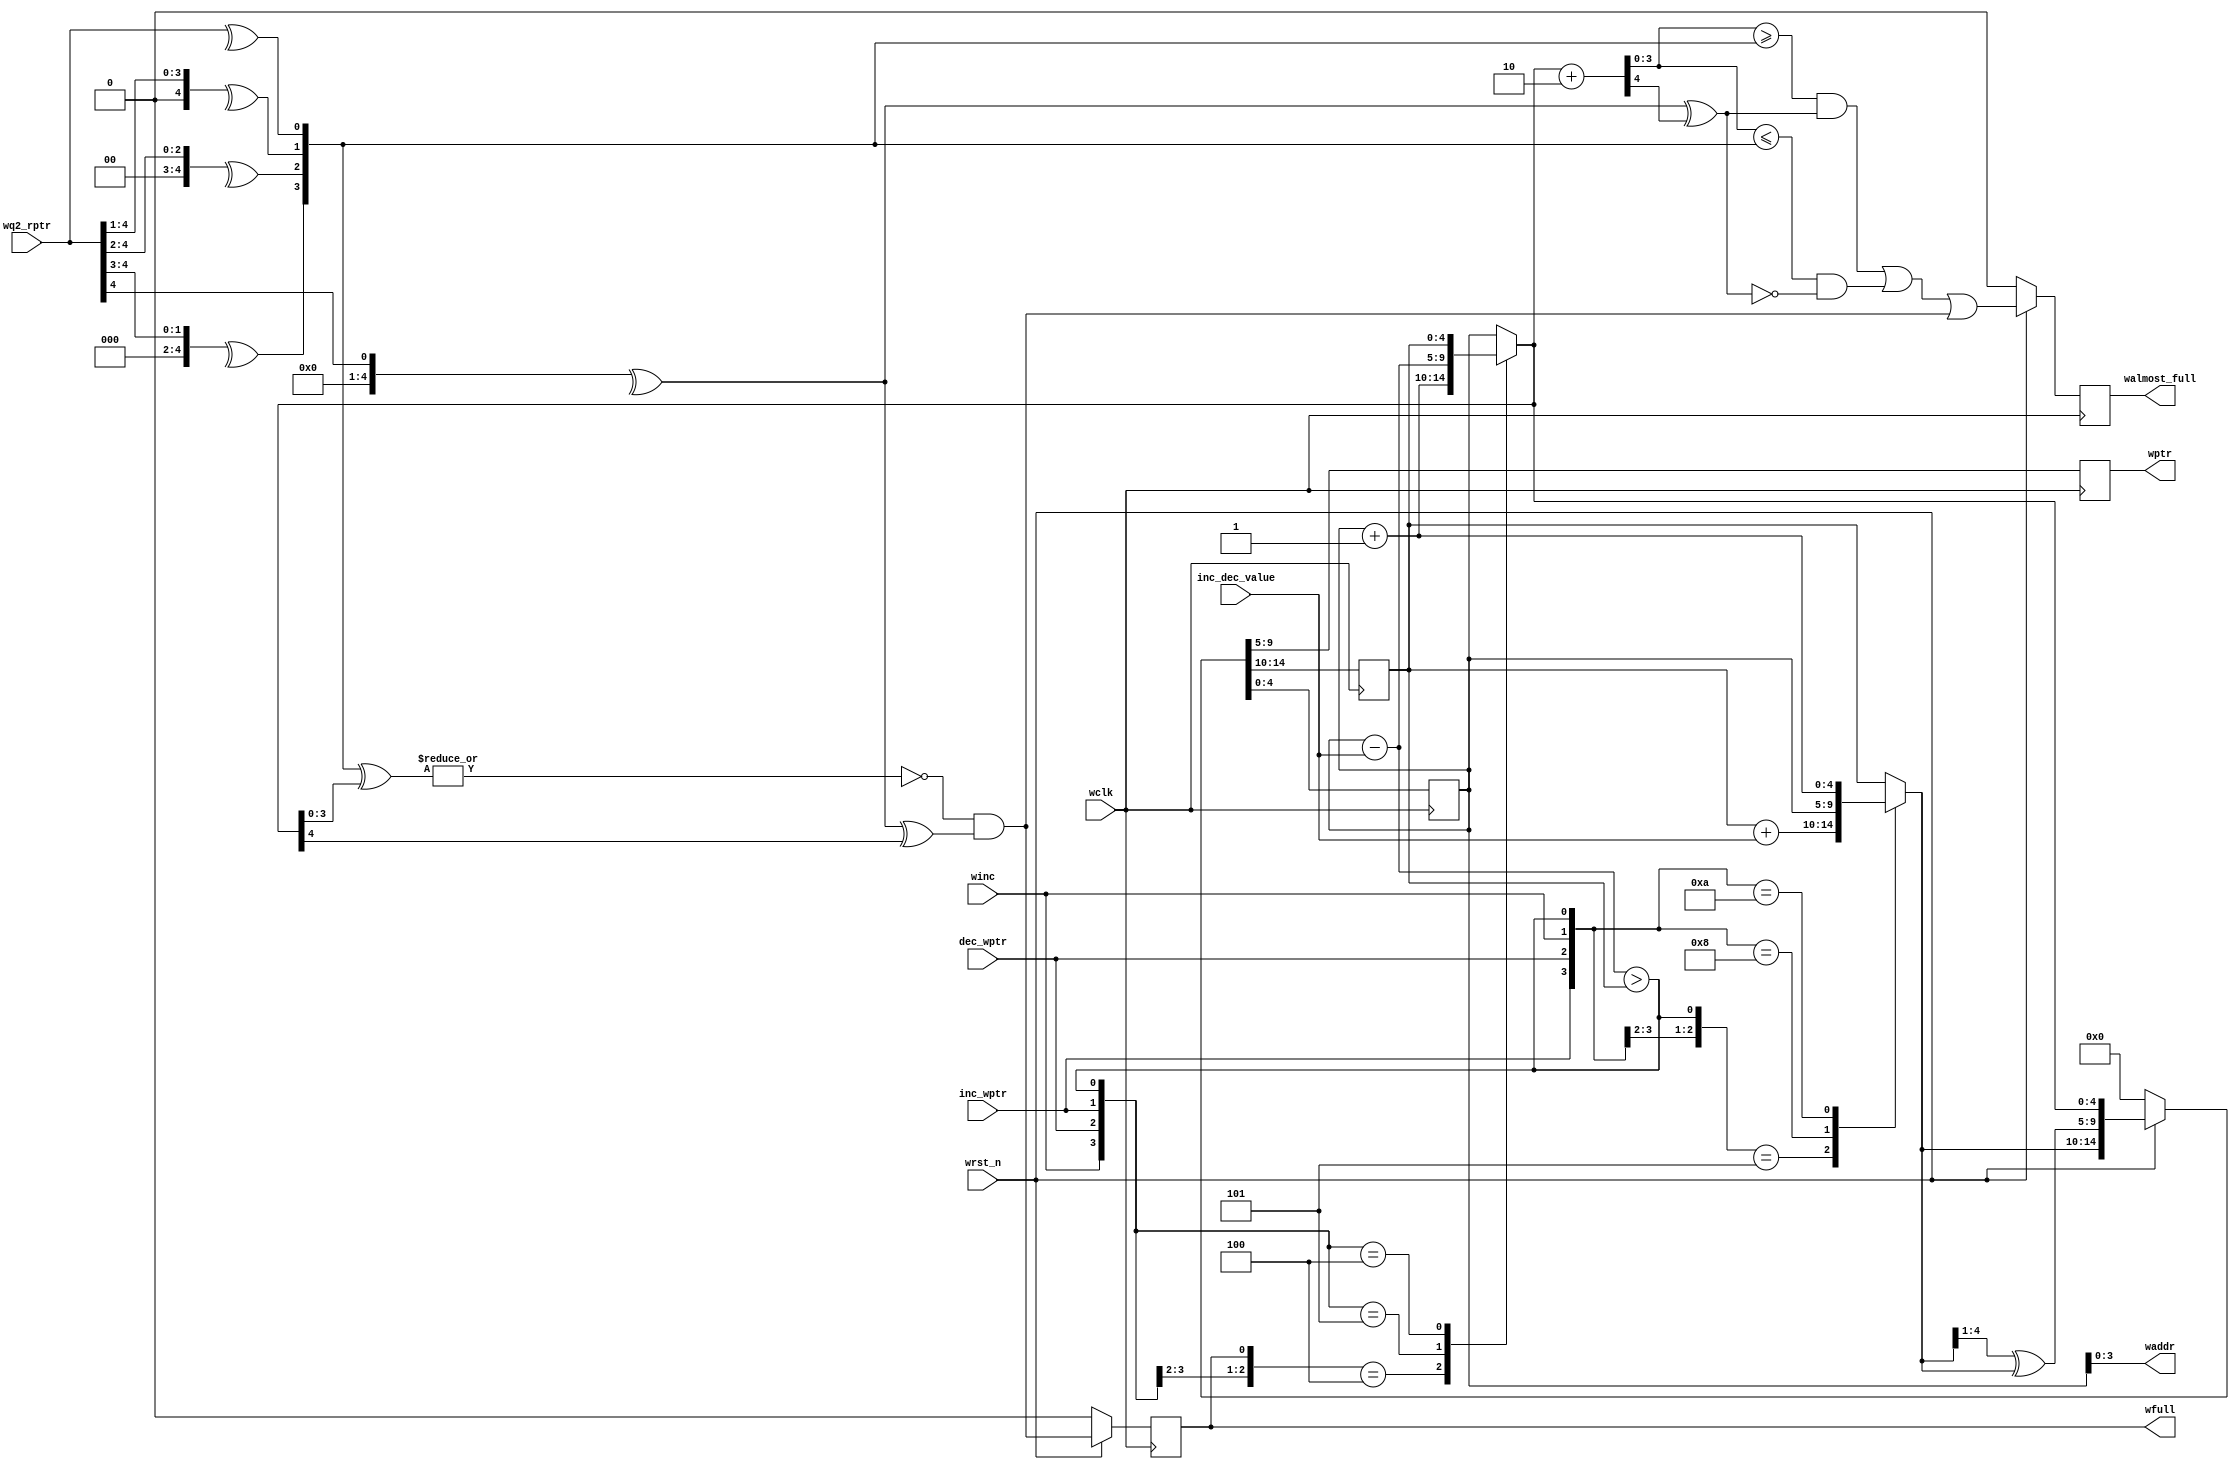
/*
 * Copyright (c) 2017 
 * All rights reserved.
 * 
 * - Computer Architecture Group, University of Heidelberg
 * 		Markus Mueller <markus.mueller@ziti.uni-heidelberg.de>
 * - EXTOLL GmbH
 * 		Mondrian Nueslle <mondrian.nuessle@extoll.de>
 * 
 * This file is confidential and may not be distributed.
 * 
 * Usage granted for the assignments of the "Design Digitaler Schlatkreise" Lecture,
 * ADL Group, University of Karlsruhe (KIT)
 * 
 * For other usages, please contact the Copyright holders for permission.
 *
 * 
 *
 * University of Heidelberg
 * Computer Architecture Group
 * B6 26
 * 68131 Mannheim
 * Germany
 * http://www.ra.ziti.uni-heidelberg.de
 *
 */ 
`default_nettype none

module full_logic_spec_shift_in #(
		parameter ASIZE				= 4,
		parameter HANDSHAKE			= 0,
		parameter ALMOST_FULL_THRES	= 2,
		parameter I_KNOW_WHAT_I_DO	= 0	// This parameter is a timing improvement, which can cause data corruption if You are not cautious
	) (
		input wire				winc, wclk, wrst_n,
		input wire [ASIZE:0]	wq2_rptr,
		input wire				inc_wptr,
		input wire				dec_wptr,
		input wire [ASIZE:0]	inc_dec_value,
		output reg				walmost_full,
		output reg				wfull,
		output reg [ASIZE:0]	wptr,
		output wire [ASIZE-1:0]	waddr
	);

	reg [ASIZE:0]				wbin, wbin_next;
	reg [ASIZE:0]				wbin_tmp, wbin_tmp_next;

	wire						wfull_w;
	wire [ASIZE:0]				conv_rptr_w;

	genvar						j;

	// calculate next full value
	assign wfull_w	= ~(|(conv_rptr_w[(ASIZE-1):0] ^ wbin_tmp_next[(ASIZE-1):0])) & (conv_rptr_w[(ASIZE)] ^ wbin_tmp_next[(ASIZE)]);
	assign waddr	= wbin_tmp[ASIZE-1:0];

	generate
		for (j=0; j <= ASIZE; j=j+1)
		begin: convert_gen
			// if HANDSHAKE is set, do nothing, else convert from gray to binary
			if (HANDSHAKE)
				assign conv_rptr_w[j] = wq2_rptr[j];
			else
				assign conv_rptr_w[j] = ^(wq2_rptr >> j);	// this can be pipelined if timing is tight
		end

		if (ALMOST_FULL_THRES != 0)
		begin: almost_full_gen
			wire [ASIZE:0]	walmost_full_val;
			wire			walmost_full_w;

			// add almost full threshold to write pointer
			assign walmost_full_val	= wbin_tmp_next + ALMOST_FULL_THRES[ASIZE:0];	// this can be pipelined if timing is tight
			// calculate next almost full signal, if both pointer are in the same round, the WP must be larger, otherwise smaller then the RP
			assign walmost_full_w	= ((walmost_full_val[(ASIZE-1):0] >= conv_rptr_w[(ASIZE-1):0]) & (conv_rptr_w[(ASIZE)] ^ walmost_full_val[(ASIZE)])) |
										((walmost_full_val[(ASIZE-1):0] <= conv_rptr_w[(ASIZE-1):0]) & ~(conv_rptr_w[(ASIZE)] ^ walmost_full_val[(ASIZE)]));

			`ifdef ASYNC_RES
			always @(posedge wclk or negedge wrst_n) `else
			always @(posedge wclk) `endif
			begin
				if (!wrst_n)
					walmost_full <= 1'b0;
				else
					walmost_full <= walmost_full_w | wfull_w;
			end
		end
		else
		begin: no_almost_full_gen
			// set almost full to static 0
			`ifdef ASYNC_RES
			always @(posedge wclk or negedge wrst_n) `else
			always @(posedge wclk) `endif
				walmost_full <= 1'b0;
		end

		if (HANDSHAKE)
		begin: handshake_gen
			`ifdef ASYNC_RES
			always @(posedge wclk or negedge wrst_n) `else
			always @(posedge wclk) `endif
			begin
				if (!wrst_n)
					{wbin, wptr, wbin_tmp} <= {3*(ASIZE+1) {1'b0}};
				else
					{wbin, wptr, wbin_tmp} <= {wbin_next, wbin_next, wbin_tmp_next};
			end
		end
		else
		begin: direct_sync_gen
			wire [ASIZE:0]	wgray_next;

			// convert binary to gray code
			assign wgray_next		= (wbin_next>>1) ^ wbin_next;

			`ifdef ASYNC_RES
			always @(posedge wclk or negedge wrst_n) `else
			always @(posedge wclk) `endif
			begin
				if (!wrst_n)
					{wbin, wptr, wbin_tmp} <= {3*(ASIZE+1) {1'b0}};
				else
					{wbin, wptr, wbin_tmp} <= {wbin_next, wgray_next, wbin_tmp_next};
			end
		end

		if (I_KNOW_WHAT_I_DO == 1) // not checking for add_is_smaller, can cause data inconsistency
		begin: no_spec_check_gen
			always @( * )
			begin
				// increment commited pointer by value
				// this pointer is used for empty calculation
				case ({inc_wptr, dec_wptr})
					2'b10:		wbin_next = wbin + inc_dec_value;
					default:	wbin_next = wbin;
				endcase
			end

			always @( * )
			begin
				// increment/decrement speculative pointer by value
				// this pointer is used for writing and full calculation
				casez ({winc, dec_wptr, inc_wptr, wfull})
					4'b10?0:	wbin_tmp_next = wbin_tmp + 1'b1;
					4'b010?:	wbin_tmp_next = wbin_tmp - inc_dec_value;
					// these two cases are only necessary if simultaneous shift_in and dec shall be possible => possible data inconsistency
					// SIMULTANEOUS SHIFT_IN AND DEC IS CURRENTLY NOT ALLOWED
//					4'b1100:	wbin_tmp_next = wbin + 1;
					default:	wbin_tmp_next = wbin_tmp;
				endcase
			end
		end
		else
		begin: speck_check_gen
			wire	add_is_smaller;

			assign add_is_smaller	= (wbin_tmp - inc_dec_value) > wbin;

			always @( * )
			begin
				// increment commited pointer by value
				// this pointer is used for empty calculation
				casez ({inc_wptr, dec_wptr, winc, add_is_smaller})
					4'b10?1:	wbin_next = wbin + inc_dec_value;
					4'b1000:	wbin_next = wbin_tmp;
					4'b1010:	wbin_next = wbin_tmp + 1'b1;
					default:	wbin_next = wbin;
				endcase
			end

			always @( * )
			begin
				// increment/decrement speculative pointer by value
				// this pointer is used for writing and full calculation
				casez ({winc, dec_wptr, inc_wptr, wfull, add_is_smaller})
					5'b10?0?:	wbin_tmp_next = wbin_tmp + 1'b1;
					5'b010?1:	wbin_tmp_next = wbin_tmp - inc_dec_value;
					5'b010?0:	wbin_tmp_next = wbin;
					// these two cases are only necessary if simultaneous shift_in and dec shall be possible => possible data inconsistency
					// SIMULTANEOUS SHIFT_IN AND DEC IS CURRENTLY NOT ALLOWED
//					5'b11001:	wbin_tmp_next = (wbin_tmp + 1) - inc_dec_value;
//					5'b11000:	wbin_tmp_next = wbin + 1;
					default:	wbin_tmp_next = wbin_tmp;
				endcase
			end
		end
	endgenerate

	// register full signal
	`ifdef ASYNC_RES
	always @(posedge wclk or negedge wrst_n) `else
	always @(posedge wclk) `endif
	begin
		if (!wrst_n)
			wfull <= 1'b0;
		else
			wfull <= wfull_w;
	end

`ifdef CAG_ASSERTIONS
	final
	begin
		write_pointer_not_zero_assert:	assert (wptr == wq2_rptr);
		full_set_assert:				assert (!wfull);
		almost_full_set_assert:			assert (!walmost_full);
	end
`endif

endmodule

`default_nettype wire